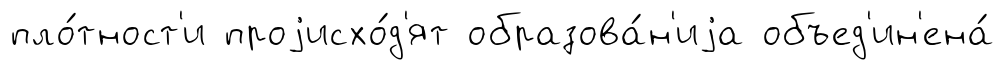
пло́тност'и проjисхо́д'ят образова́н'иjа объед'ин'ена́